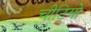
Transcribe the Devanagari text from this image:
चीटियो